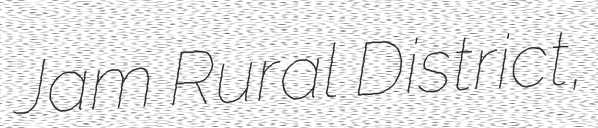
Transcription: Jam Rural District,